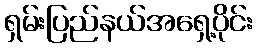
ရှမ်းပြည်နယ်အရှေ့ပိုင်း